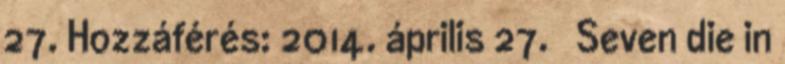
27. Hozzáférés: 2014. április 27. ↑ Seven die in